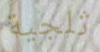
ثلجية